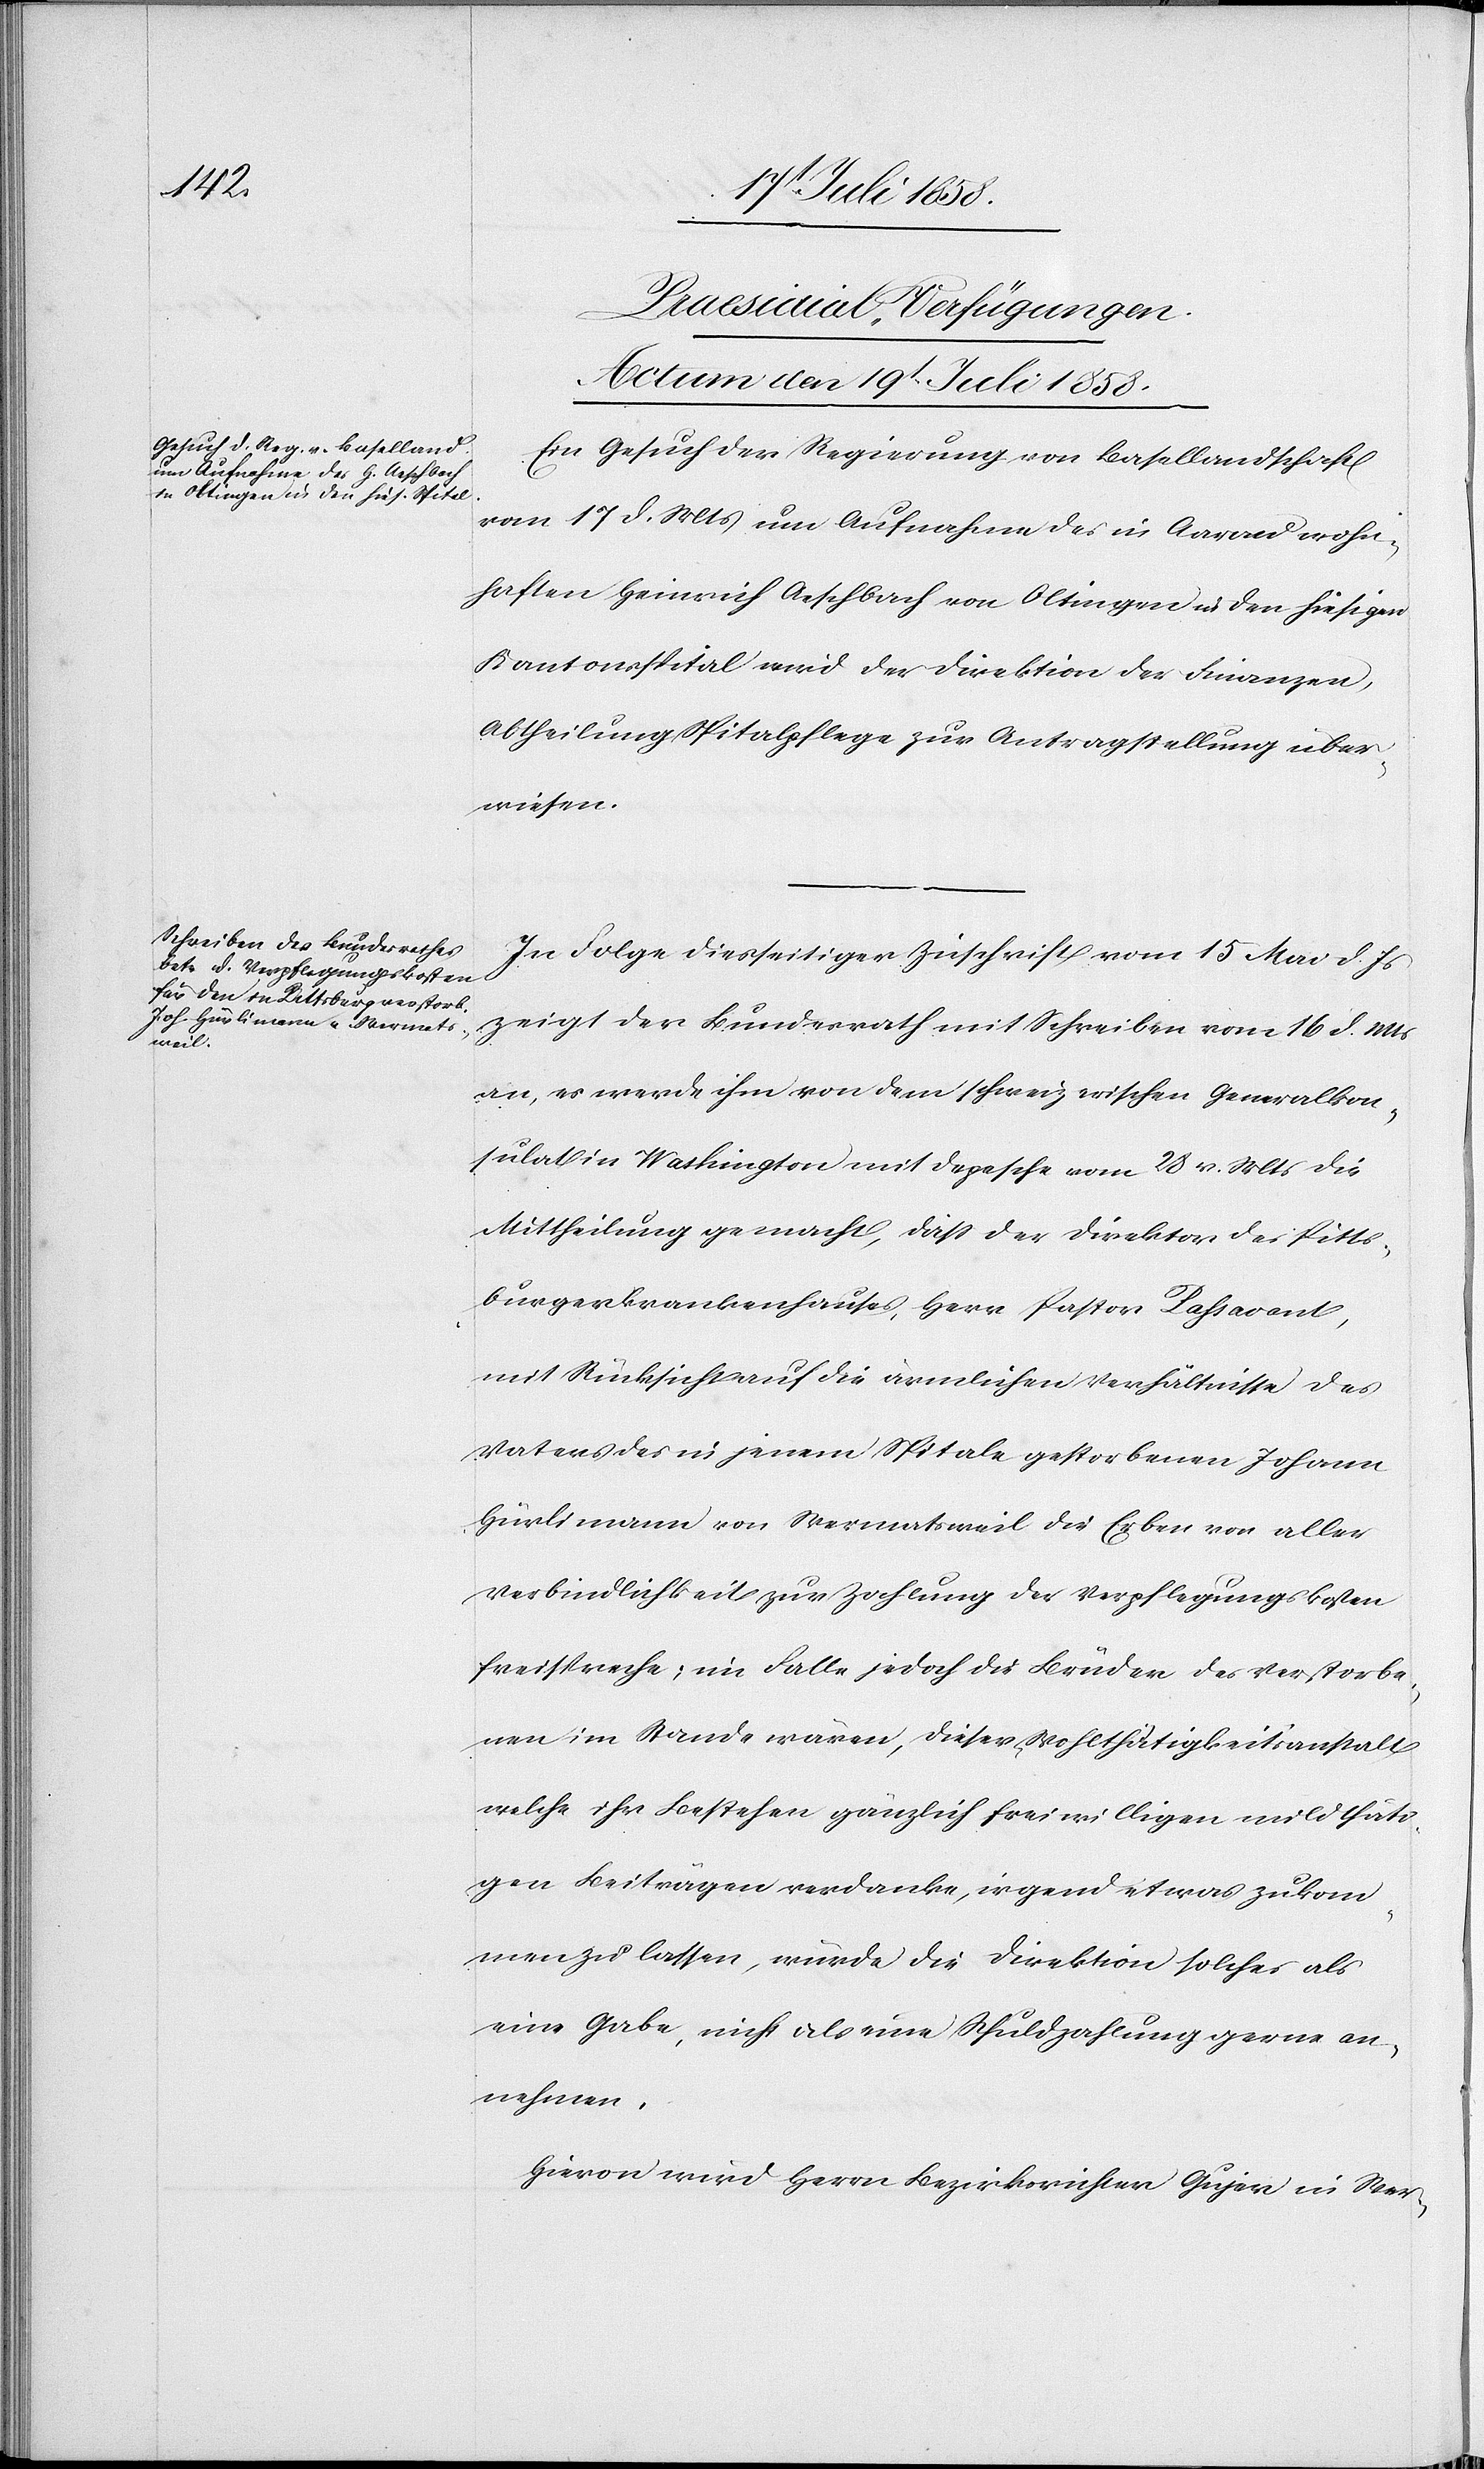
[Praesidial-Verfügungen.
Actum den 19t Juli 1858.]
Ein Gesuch der Regierung von Basellandschaft
vom 17 d. Mts um Aufnahme des in Aarau wohn¬
haften Heinrich Aeschbach von Oltingen in den hiesigen
Kantonsspital wird der Direktion der Finanzen,
Abtheilung Spitalpflege zur Antragstellung über¬
wiesen.
In Folge diesseitiger Zuschrift vom 15 Mai d. Js
zeigt der Bundesrath mit Schreiben vom 16 d. Mts
an, es werde ihm von dem schweizerischen Generalkon¬
sulat in Washington mit Depesche vom 28 v. Mts die
Mittheilung gemacht, dass der Direktor des Pitts¬
burgerkrankenhauses, Herr Pastor Passavant,
mit Rücksicht auf die ärmlichen Verhältnisse des
Vaters des in jenem Spitale gestorbenen Johann
Hürlimann von Wermatsweil die Erben von aller
Verbindlichkeit zur Zahlung der Verpflegungskosten
freispreche; im Falle jedoch die Brüder des Verstorbe¬
nen im Stande wären, dieser Wohlthätigkeitsanstalt
welche ihr Bestehen gänzlich freiwilligen mildthäti¬
gen Beiträgen verdanke, irgend etwas zukom¬
men zu lassen, würde die Direktion solches als
eine Gabe, nicht als eine Schuldzahlung gerne an¬
nehmen.
Hievon wird Herrn Bezirksrichter Gujer in Wer-